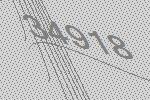
34918